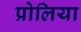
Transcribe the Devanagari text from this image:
प्रोलिया